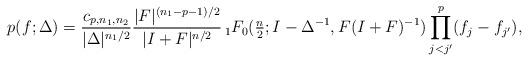
LaTeX: \begin{align*} p(f;\Delta) = \frac{c_{p,n_1,n_2}}{|\Delta|^{n_1/2}} \frac{|F|^{(n_1-p-1)/2}}{|I+F|^{n/2}} \,_1F_0(\tfrac{n}{2};I-\Delta^{-1}, F(I+F)^{-1}) \prod_{j<j'}^p (f_j - f_{j'}),\end{align*}